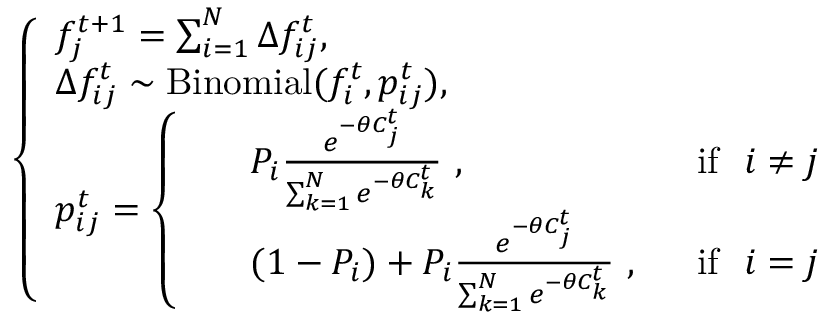
\left\{ \begin{array} { l l } { f _ { j } ^ { t + 1 } = \sum _ { i = 1 } ^ { N } \Delta f _ { i j } ^ { t } , } \\ { \Delta f _ { i j } ^ { t } \sim \mathrm { B i n o m i a l } ( f _ { i } ^ { t } , { p } _ { i j } ^ { t } ) , } \\ { p _ { i j } ^ { t } = \left\{ \begin{array} { l l } { \begin{array} { r l r } & { P _ { i } \frac { e ^ { - \theta C _ { j } ^ { t } } } { \sum _ { k = 1 } ^ { N } e ^ { - \theta C _ { k } ^ { t } } } \ , \ } & { \ \mathrm { i f } \ \ i \neq j } \\ & { ( 1 - P _ { i } ) + P _ { i } \frac { e ^ { - \theta C _ { j } ^ { t } } } { \sum _ { k = 1 } ^ { N } e ^ { - \theta C _ { k } ^ { t } } } \ , \ } & { \ \mathrm { i f } \ \ i = j } \end{array} } \end{array} \right. } \end{array} \right.